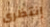
إنتظرى